Vital statistics of India. Vol. IV, Annual returns from 1871 to 1876. British Army of India, Native Army and jails of Bengal
Year: 1871
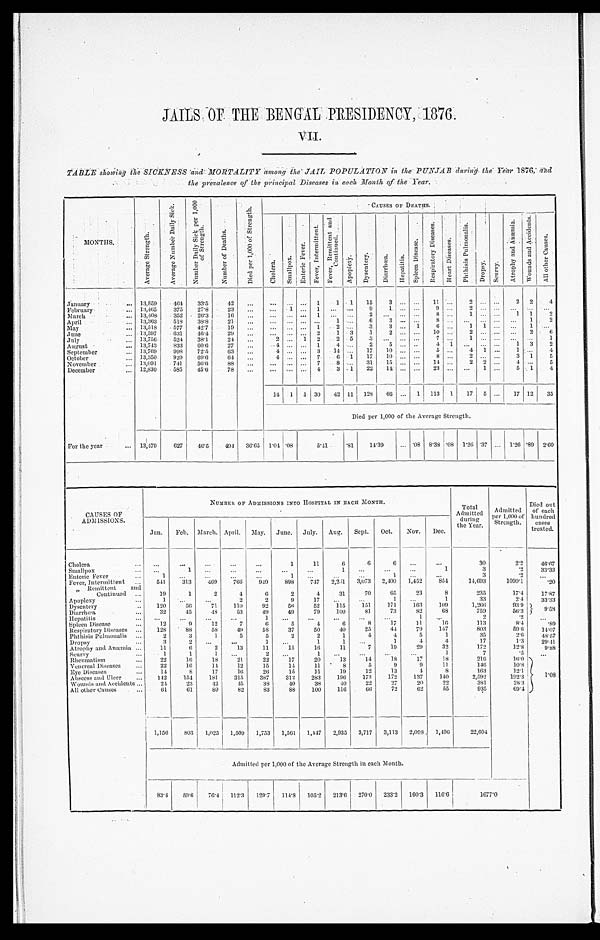
JAILS OF THE BENGAL PRESIDENCY, 1876
VII.
TABLE showing the SICKNESS and MORTALITY among the JAIL, POPULATION in the PUNJAB during the Year 1876,
and
the prevalence of the principal Diseases in each Month of the Year.
MONTHS
A v e r a g e S t r e n g t h .
A v e r a g e N u m b e r D a i l y S i c k .
N u m b e r D a i l y S i c k p e r 1 , 0 0 0 o f S t r e n g t h .
N u m b e r o f D e a t h s .
D i e d p e r 1 , 0 0 0 o f S t r e n g t h .
CAUSES OF DEATHS.
C h o l e r a .
S m a l l p o x .
E n t e r i c F e v e r .
F e v e r , I n t e r m i t t e n t .
F e v e r , R e m i t t e n t a n d C o n t i n u e d .
A p o p l e x y .
D y s e n t e r y .
D i a r r h œ a .
H e p a t i t i s .
S p l e e n d i s e a s e .
R e s p i r a t o r y D i s e a s e s .
H e a r t D i s e a s e s .
P h t h i s i s P u l m o n a l i s .
D r o p s y . S c u r v y .
A t r o p h y a n d A n æ m i a . W o u n d s a n d A c c i d e n t s .
A l l o t h e r C a u s e s .
January
13,859 464 33·5
4 2
. . .
. . .
. . . . . . 1
1 1 15
3
. . . . . .
11
. . .
2
. . . . . .
2 2
4
February
13,465
375
27·8
23
. . .
. . .
1 . . .
1
. . .
. . .
9
1
. . . . . . 9
. . .
2 . . .
. . .
. . .
. . .
. . .
March
13,408 352
26·3
1 6 . . .
. . .
. . . . . . 1 . . .
. . . 2
. . .
. . . . . . 8
. . . 1
. . . . . .
1 1
2
April
13,363
518
38·8
21
. . .
. . . . . .
. . .
...
1
. . .
6
3
. . . . . .
8 . . .
...
. . . . . .
... 1
2
May
13,518 577
42·7
19
. . .
. . . . . .
. . .
1
2
. . .
3
3 . . .
1 6
. . .
1
1 . . . . . .
1 . . .
June
13,597
631
46·4
29
. . .
. . .
. . . . . . 2
1 3
1
2
. . . . . . 1 0
. . .
2
. . . . . . . . .
2
6
July
13,756
524
38·1
24
. . .
2 . . .
1
2
2 5
3
. . .
. . . . . .
7 . . .
1
. . . . . . . . .
. . .
1
August
13,743
833
60·6
27
. . .
4 . . . . . .
1
4 . . .
2
5
. . . . . .
4 1 . . .
. . . . . .
1 3
2
September
1 3 , 7 6 9
998
72·5
63
. . .
4 . . . . . .
3 14
. . .
17 10
. . . . . .
5 . . .
4
1 . . . 1
. . .
4
October
13,350
929 69·6
64
. . .
4 . . . . . .
7
6
1
17 10
. . . . . . 8
. . . 2
. . . . . .
3 1
5
November
13,091
741
56·6
88
. . .
. . .
. . . . . . 7
8
. . .
31 15
. . . . . .
1 4 . . .
2
2 . . . 4
. . .
5
December
12,830
585
45·6
78
. . .
. . .
. . . . . .
4
3
1
22 14
. . . . . .
2 3 . . .
...
1 . . .
5
1
4
14 1
1
30 42 11 128 66 ... 1
1 1 3
1
17
5
. . .
17 12 35
Died per 1,000 of the Average Strength.
For the year
13,479
627
46·5 494 36·65 1·04 ·08
5·41 ·81
14·39
... ·08 8·38 ·08 1·26 ·37 ... 1·26 ·89 2·60
CAUSES OF
ADMISSIONS.
NUMBER OF ADMISSIONS INTO HOSPITAL IN EACH MONTH.
Total
Admitted
during
the Year.
Admitted
per 1,000 of
Strength.
Died out
of each
hundred
cases
treated.
Jan. Feb. March. April. May. June. July. Aug. Sept. Oct. Nov. Dec.
Cholera
. . .
...
. . .
...
...
1
11
6
6
6 ...
. . .
30
2·2
46·67
Smallpox
...
1 ...
. . .
...
...
...
1 ...
. . .
...
1
3
·2
33·33
Enteric Fever
1
. . .
. . .
. . .
. . .
1
. . .
. . .
. . .
1 ...
3
· 2
. . .
Fever, Intermittent
541
313
469
766
949 898
747 2,231 3,073 2,400 1,452
854
14,693
1090·1
·20
" Remittent and
Continued
19
1
2
4
6
2
4
31
70
65
23
8
235
17·4
17·87
Apoplexy
1
. . .
...
2
2
9
17 ...
...
1 ...
1
33
2·4
33·33
Dysentery
120
56
71
1 1 0
92
56
52
115
151
171
163
109
1,266
93·9
9·58
Diarrhœa
32
45
48
53
49
49
79
100
81
73
82
68
759
56·3
Hepatitis
. . .
...
...
...
1
. . .
...
...
...
...
1 ...
2
·2
...
Spleen Disease
12
9
12
7
6
5
4
6
8
17
11
16
113
8·4
· 8 9
Respiratory Diseases
128
88
58
49
58
37
50
40
25
44
79
147
803
59·6
14·07
Pht hi si s Pul monal i s
2
3
1
5
5
2
2
1
4
4
5
1
35
2·6
48·57
Dropsy
3
2
. . .
. . .
1
...
1
1
. . .
1
4
4
17
1·3
29·41
Atrophy and Anæmia
11
6
2
13
11
15
16
11
7
19
29
32
172
12·8
9·88
Scurvy
1
1
1
. . .
2
. . .
1
. . .
...
...
...
1
7
· 5
. . .
Rheumatism
22
16
18
21
22
17
20
13
14
18
17
18
216
16·0
1 · 0 8
Venereal Diseases
22
16
14
12
15
14
11
8
5
9
9
11
146
10·8
Eye Diseases
14
8
17
16
26
15
11
19
12
13
4
8
163
12·1
Abscess and Ulcer
142
154
181
315
387
312 283
196
173
172
137
140
2,592
192·3
Wounds and Accidents
24
23
42
45
38
40
38
40
22
27
20
22
381
28·3
All other Causes
61
61
89
82
83
88
100
116
66
72
62
55
935
69·4
1,156
803 1,025 1,500 1,753 1,561 1,447 2,935 3,717 3,113 2,098. 1,496
22,604
Admitted per 1,000 of the Average Strength in each Month.
83·4
59·6 76·4 112·3 129·7 114·8 105·2 213·6 270·0 233·2 160·3 116·6
1677·0